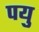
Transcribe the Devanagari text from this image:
पयु